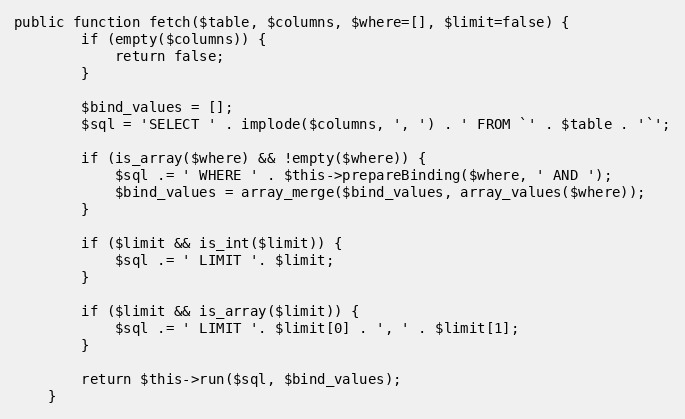
Language: PHP
public function fetch($table, $columns, $where=[], $limit=false) {
        if (empty($columns)) {
            return false;
        }

        $bind_values = [];
        $sql = 'SELECT ' . implode($columns, ', ') . ' FROM `' . $table . '`';

        if (is_array($where) && !empty($where)) {
            $sql .= ' WHERE ' . $this->prepareBinding($where, ' AND ');
            $bind_values = array_merge($bind_values, array_values($where));
        }

        if ($limit && is_int($limit)) {
            $sql .= ' LIMIT '. $limit;
        }

        if ($limit && is_array($limit)) {
            $sql .= ' LIMIT '. $limit[0] . ', ' . $limit[1];
        }

        return $this->run($sql, $bind_values);
    }